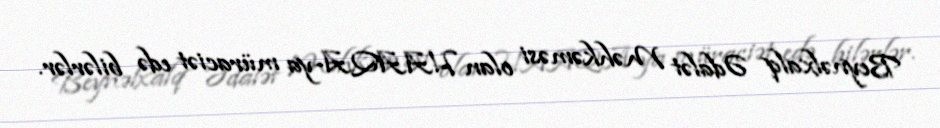
Beynəlxalq Ədalət Məhkəməsi olan HAAQA-ya müraciət edə bilərlər.